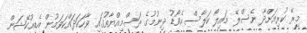
މިރޭ ކުރިއަށްދާ ނެސްލޭ މައިލޯ ކަލާސް އެވޯޑު ދިނުމުގެ ރަސްމިއްޔާތުގައި ވާހަކަދައްކަވަމުން އެޑިއުކޭޝަން